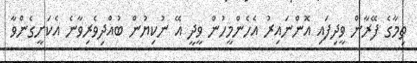
ތިމާގެ ފޭރާން ވީދިފައި އޮންނައިރު އެހެންމީހުން ވީދީ އޭ ނުކިޔުން ބުއްދިވެރިވާނެ އެކަށީގެންވާ